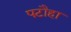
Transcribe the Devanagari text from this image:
पटौहा